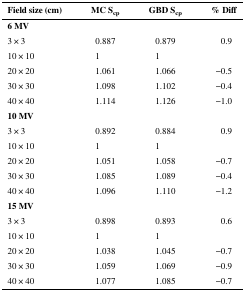
<table><thead><tr><td><b>Field size (cm)</b></td><td><b>MC S<sub>cp</sub></b></td><td><b>GBD S<sub>cp</sub></b></td><td><b>% Diff</b></td></tr></thead><tbody><tr><td colspan="4"><b>6 MV</b></td></tr><tr><td>3 × 3</td><td>0.887</td><td>0.879</td><td>0.9</td></tr><tr><td>10 × 10</td><td>1</td><td>1</td><td></td></tr><tr><td>20 × 20</td><td>1.061</td><td>1.066</td><td>−0.5</td></tr><tr><td>30 × 30</td><td>1.098</td><td>1.102</td><td>−0.4</td></tr><tr><td>40 × 40</td><td>1.114</td><td>1.126</td><td>−1.0</td></tr><tr><td colspan="4"><b>10 MV</b></td></tr><tr><td>3 × 3</td><td>0.892</td><td>0.884</td><td>0.9</td></tr><tr><td>10 × 10</td><td>1</td><td>1</td><td></td></tr><tr><td>20 × 20</td><td>1.051</td><td>1.058</td><td>−0.7</td></tr><tr><td>30 × 30</td><td>1.085</td><td>1.089</td><td>−0.4</td></tr><tr><td>40 × 40</td><td>1.096</td><td>1.110</td><td>−1.2</td></tr><tr><td colspan="4"><b>15 MV</b></td></tr><tr><td>3 × 3</td><td>0.898</td><td>0.893</td><td>0.6</td></tr><tr><td>10 × 10</td><td>1</td><td>1</td><td></td></tr><tr><td>20 × 20</td><td>1.038</td><td>1.045</td><td>−0.7</td></tr><tr><td>30 × 30</td><td>1.059</td><td>1.069</td><td>−0.9</td></tr><tr><td>40 × 40</td><td>1.077</td><td>1.085</td><td>−0.7</td></tr></tbody></table>